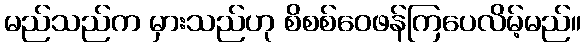
မည်သည်က မှားသည်ဟု စိစစ်ဝေဖန်ကြပေလိမ့်မည်။